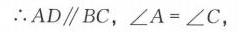
\(\therefore AD\parallel BC\)，\(\angle A=\angle C\)，